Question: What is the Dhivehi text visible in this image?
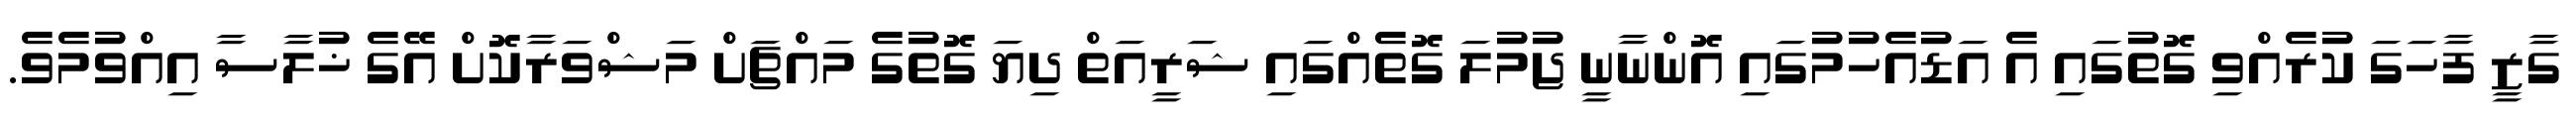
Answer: ގާޒީ ފާހަގަ ކުރެއްވި ގޮތުގައި އެ އަޑުއެހުމުގައި އޮންނާނީ ޖުމުލަ ގޮތެއްގައި ޝަރީއަތް ދިޔަ ގޮތުގެ މައްޗަށް މަޝްވަރާކޮށް އޭގެ ޚުލާސާ އިއްވުމެވެ.